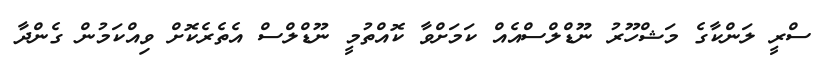
ސްރީ ލަންކާގެ މަޝްހޫރު ނޫޑްލްސްއެއް ކަމަށްވާ ކޮއްތުމީ ނޫޑްލްސް އެތެރެކޮށް ވިއްކަމުން ގެންދާ